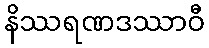
နိဿရဏဒဿာဝီ